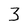
Character: 3